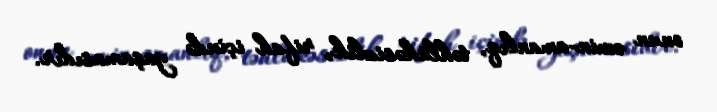
onun əmin-amanlıq, təhlükəsizlik, rifah içində yaşamasıdır.